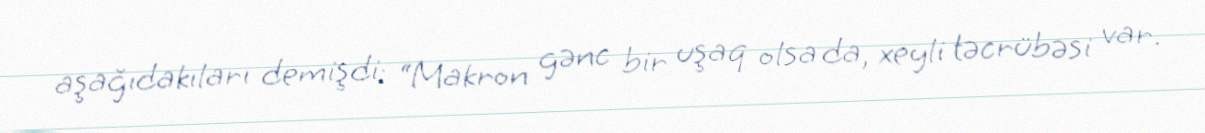
aşağıdakıları demişdi: “Makron gənc bir uşaq olsa da, xeyli təcrübəsi var.